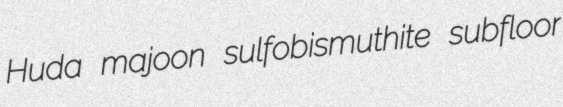
Huda majoon sulfobismuthite subfloor